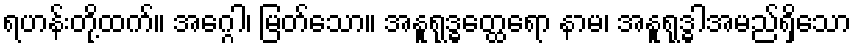
ရဟန်းတို့ထက်။ အဂ္ဂေါ၊ မြတ်သော။ အနူရုဒ္ဓတ္ထေရော နာမ၊ အနူရုဒ္ဓါအမည်ရှိသော